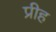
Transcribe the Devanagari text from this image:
प्रीह